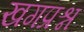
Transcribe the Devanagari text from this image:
खगप्रश्न